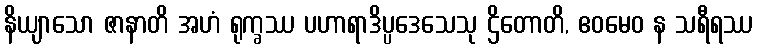
နိယျာသော ဇာနာတိ အဟံ ရုက္ခဿ ပဟာရာဒိပ္ပဒေသေသု ဌိတောတိ, ဧဝမေဝ န သရီရဿ